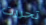
تحررت